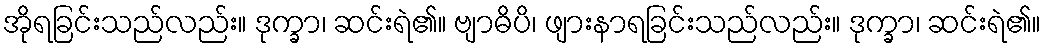
အိုရခြင်းသည်လည်း။ ဒုက္ခာ၊ ဆင်းရဲ၏။ ဗျာဓိပိ၊ ဖျားနာရခြင်းသည်လည်း။ ဒုက္ခာ၊ ဆင်းရဲ၏။